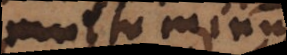
multo minus